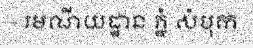
- រមណីយដ្ឋាន ភ្នំ សំបុក